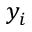
y _ { i }